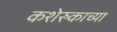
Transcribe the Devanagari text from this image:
कशेरुकाच्या